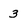
Character: 3